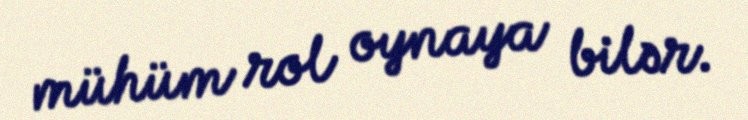
mühüm rol oynaya bilər.